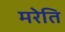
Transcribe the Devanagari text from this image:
मरेति